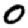
Digit: 0